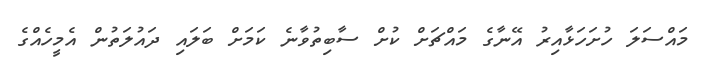
މައްސަލަ ހުށަހަޅާއިރު އޭނާގެ މައްޗަށް ކުށް ސާބިތުވާނެ ކަމަށް ބަލައި ދައުލަތުން އެމީހެއްގެ